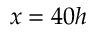
x = 4 0 h